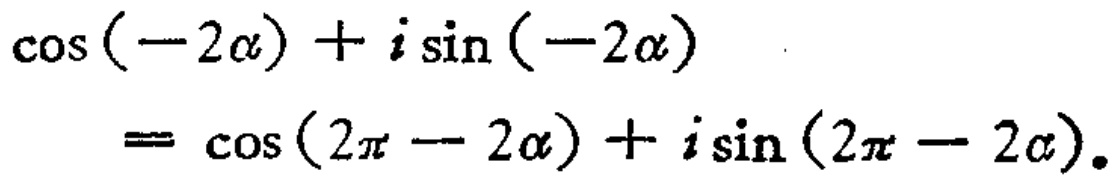
\(\cos(-2\alpha)+i\sin(-2\alpha)=\cos(2\pi - 2\alpha)+i\sin(2\pi - 2\alpha)\)